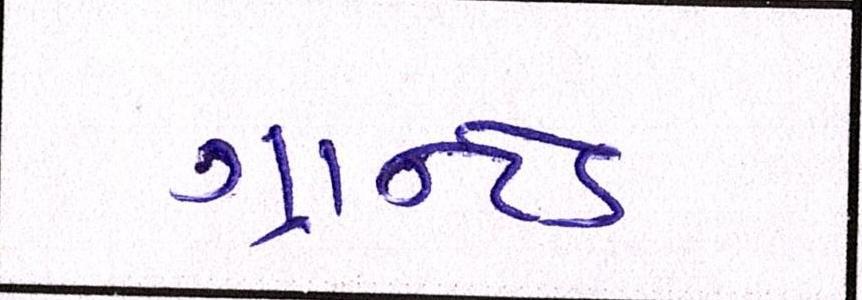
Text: ગ્રાન્ટેડ